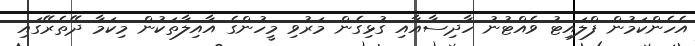
އެހެންކަމުން ފްލައިޓު ވެއްޓުނު ހާދިސާއާއި ގުޅިގެން މަރުވި މީހުންގެ އާއިލާތަކުން މިކަމާ ދޭތެރޭގައި